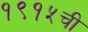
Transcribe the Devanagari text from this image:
१९१५ची